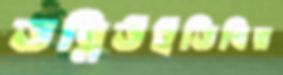
ডব্লিউইডিবির